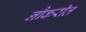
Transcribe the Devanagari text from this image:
नौकरीत